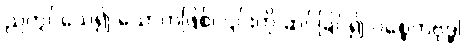
ညတွင်သေ၍ သောကဖြစ်၊ ၎င်းကို ဆင်ခြင်၍ ပစ္စေကဗုဒ္ဓါ